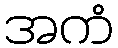
အကံ